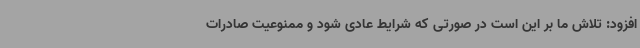
افزود: تلاش ما بر این است در صورتی که شرایط عادی شود و ممنوعیت صادرات